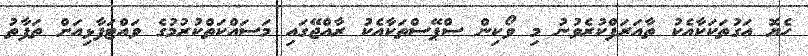
ހެޔޮ އަގުތަކަކާއެކު ތާއަރަފްކުރެވުނު މި ވޯކިން ސްޕޭސްތަކާއެކު ރާއްޖޭގައި މަސައްކަތްކުރުމުގެ ވައްޓަފާޅިއަށް ތަފާތު